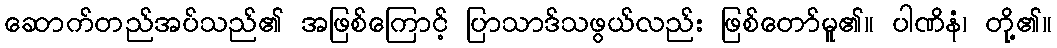
ဆောက်တည်အပ်သည်၏ အဖြစ်ကြောင့် ပြာသာဒ်သဖွယ်လည်း ဖြစ်တော်မူ၏။ ပါဏိနံ၊ တို့၏။